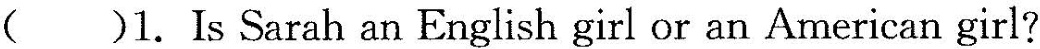
( )1.Is Sarah an English girl or an American girl?